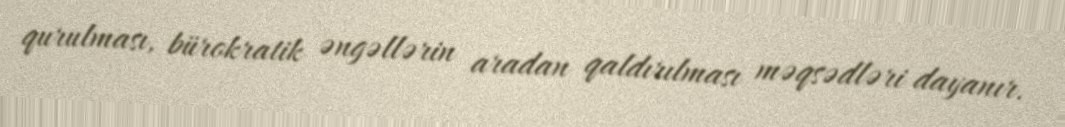
qurulması, bürokratik əngəllərin aradan qaldırılması məqsədləri dayanır.